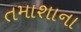
તમાશાના